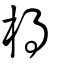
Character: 棏